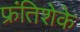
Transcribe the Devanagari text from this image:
फ्रंतिशेके